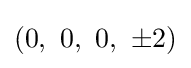
\left(0,\ 0,\ 0,\ \pm 2\right)